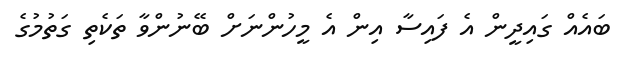
ބައެއް ގައިދީން އެ ފައިސާ އިން އެ މީހުންނަށް ބޭނުންވާ ތަކެތި ގަތުމުގެ